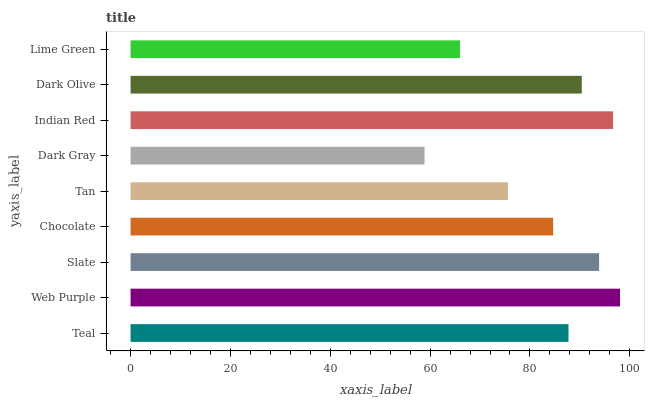
| yaxis_label | bars |
 | --- | --- |
 | Teal | 87.7 |
 | Web Purple | 98 |
 | Slate | 93.8 |
 | Chocolate | 84.6 |
 | Tan | 75.6 |
 | Dark Gray | 58.9 |
 | Indian Red | 96.6 |
 | Dark Olive | 90.4 |
 | Lime Green | 66 |